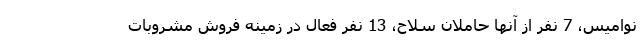
نوامیس، 7 نفر از آنها حاملان سلاح، 13 نفر فعال در زمینه فروش مشروبات